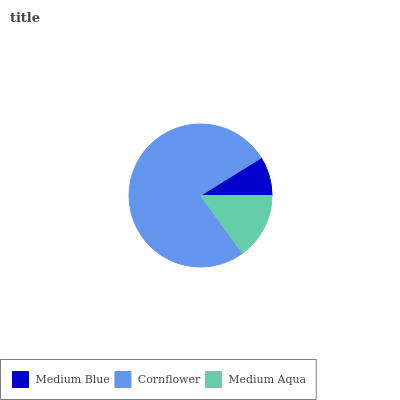
| Medium Blue | Cornflower | Medium Aqua |
 | --- | --- | --- |
 | 8.84% | 76.1% | 15% |